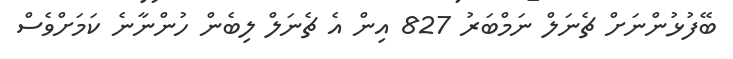
ބޭފުޅުންނަށް ޗެނަލް ނަމްބަރު 827 އިން އެ ޗެނަލް ލިބެން ހުންނާނެ ކަމަށްވެސް